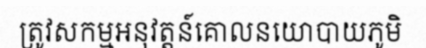
ត្រូវសកម្មអនុវត្តន៍គោលនយោបាយភូមិ